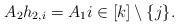
LaTeX: \begin{align*}A_2 h_{2,i} = A_1 i\in[k]\setminus\{j\}.\end{align*}